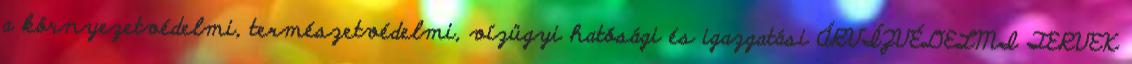
a környezetvédelmi, természetvédelmi, vízügyi hatósági és igazgatási ÁRVÍZVÉDELMI TERVEK